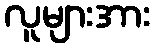
လူများအား